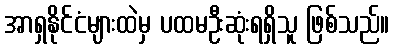
အာရှနိုင်ငံများထဲမှ ပထမဦးဆုံးရရှိသူ ဖြစ်သည်။